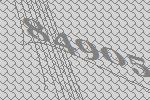
84905